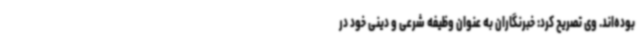
بوده‌اند. وی تصریح کرد: خبرنگاران به عنوان وظیفه شرعی و دینی خود در